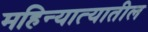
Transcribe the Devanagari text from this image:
महिन्यात्यातील